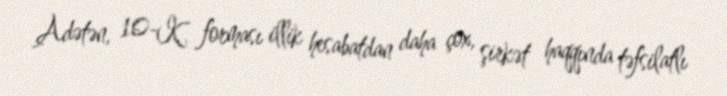
Adətən, 10-K forması illik hesabatdan daha çox, şirkət haqqında təfsilatlı